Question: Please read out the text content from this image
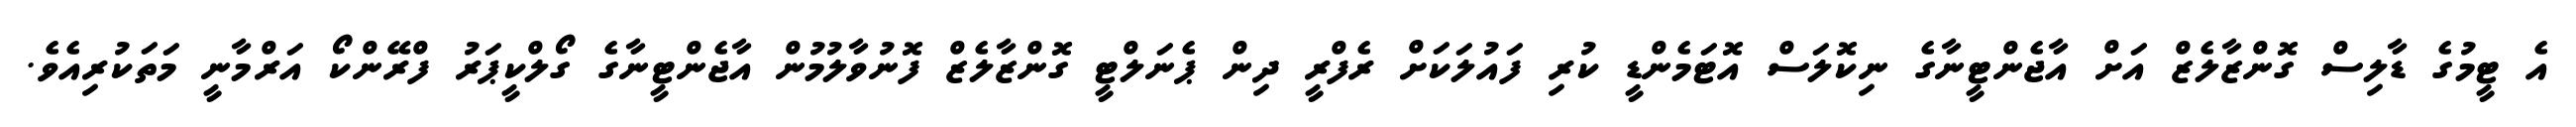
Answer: އެ ޓީމުގެ ޑާލިސް ގޮންޒާލެޒް އަށް އާޖެންޓީނާގެ ނިކޮލަސް އޮޓަމެންޑީ ކުރި ފައުލަކަށް ރެފްރީ ދިން ޕެނަލްޓީ ގޮންޒާލެޒް ފޮނުވާލުމުން އާޖެންޓީނާގެ ގޯލްކީޕަރު ފްރޭންކޯ އަރްމާނީ މަތަކުރިއެވެ.